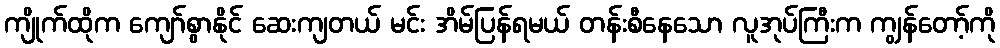
ကျိုက်ထိုက ကျော်စွာနိုင် ဆေးကျတယ် မင်း အိမ်ပြန်ရမယ် တန်းစီနေသော လူအုပ်ကြီးက ကျွန်တော့်ကို